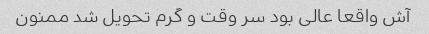
آش واقعا عالی بود سر وقت و گرم تحویل شد ممنون